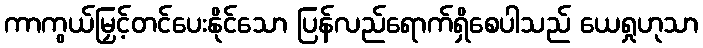
ကာကွယ်မြှင့်တင်ပေးနိုင်သော ပြန်လည်ရောက်ရှိစေပါသည် ယေရှုဟုသာ